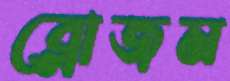
ব্লোজম